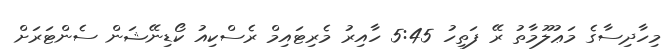
މިހާދިސާގެ މަޢުލޫމާތު ރޭ ފަތިހު 5:45 ހާއިރު މެރިޓައިމް ރެސްކިއު ކޯޑިނޭޝަން ސެންޓަރަށް